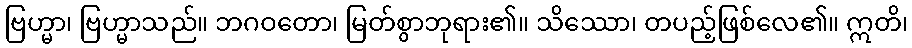
ဗြဟ္မာ၊ ဗြဟ္မာသည်။ ဘဂဝတော၊ မြတ်စွာဘုရား၏။ သိဿော၊ တပည့်ဖြစ်လေ၏။ ဣတိ၊